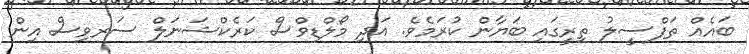
ބައެއް ތަފްސީލު ތިރީގައި ބަޔާން ކުރަމެވެ. އަދި މޯލްޑިވްސް ކަރެކްޝަނަލް ސަރވިސް އިން